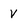
Character: V